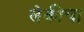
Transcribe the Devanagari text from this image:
लेकीचा